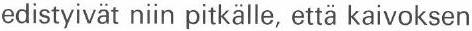
edistyivät niin pitkälle, että kaivoksen